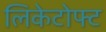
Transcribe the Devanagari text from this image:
लिकेटोफ्ट